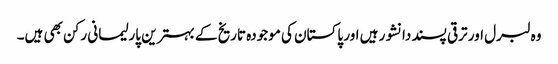
وہ لبرل اور ترقی پسند دانشور ہیں اور پاکستان کی موجودہ تاریخ کے بہترین پارلیمانی رکن بھی ہیں۔